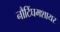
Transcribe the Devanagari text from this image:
नौटिंघमशायर